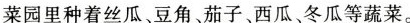
菜园里种着丝瓜、豆角、茄子、西瓜、冬瓜等蔬菜。